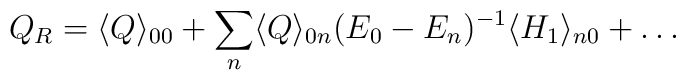
Q_R=\langle Q\rangle_{00}+\sum_n\langle Q\rangle_{0n}(E_0-E_n)^{-1}\langle H_1\rangle_{n0}+\dots